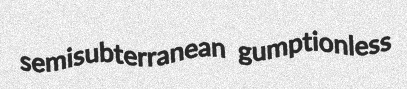
semisubterranean gumptionless